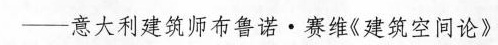
”——意大利建筑师布鲁诺·赛维《建筑空间论》